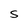
Character: S